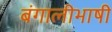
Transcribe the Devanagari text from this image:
बंगालीभाषी